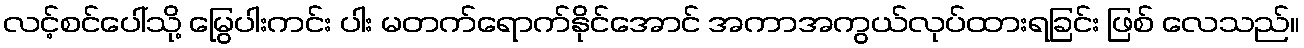
လင့်စင်ပေါ်သို့ မြွေပါးကင်း ပါး မတက်ရောက်နိုင်အောင် အကာအကွယ်လုပ်ထားရခြင်း ဖြစ် လေသည်။